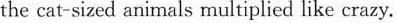
the cat-sized animals multiplied like crazy.